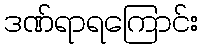
ဒဏ်ရာရကြောင်း